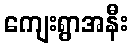
ကျေးရွာအနီး